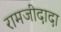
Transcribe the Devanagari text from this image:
रामजीदादा